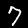
Digit: 7